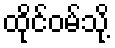
ထိုင်ဝမ်သို့